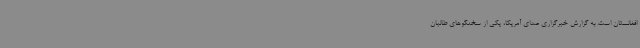
افغانستان است. به گزارش خبرگزاری صدای آمریکا، یکی از سخنگوهای طالبان